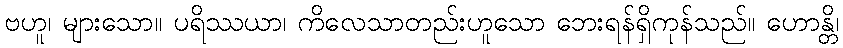
ဗဟူ၊ များသော။ ပရိဿယာ၊ ကိလေသာတည်းဟူသော ဘေးရန်ရှိကုန်သည်။ ဟောန္တိ၊